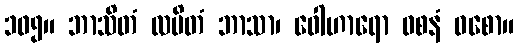
၁၀၅။ ဘာသိတံ လပိတံ ဘာသာ၊ ဝေါဟာရော ဝစနံ ဝစော။